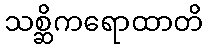
သစ္ဆိကရောထာတိ